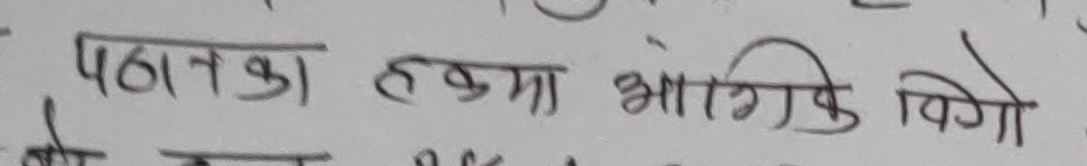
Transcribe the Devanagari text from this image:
पदार्थ हकमा आंगिक विगो